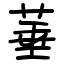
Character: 菙